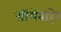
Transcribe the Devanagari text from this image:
सीमेबाहेर